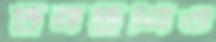
টুনটুনিও